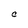
Character: C